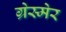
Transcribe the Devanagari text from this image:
ग्रेस्मेर